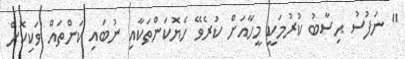
'' ނަފުސު ޙިސާބު ކުރުމަކީ މީހާއަށް ކުރެވޭ ހެޔޮކަންތަކާއި ނުބައި ކަންތައް ވަކިކޮށް